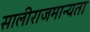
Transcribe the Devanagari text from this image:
सालीराजमान्यता